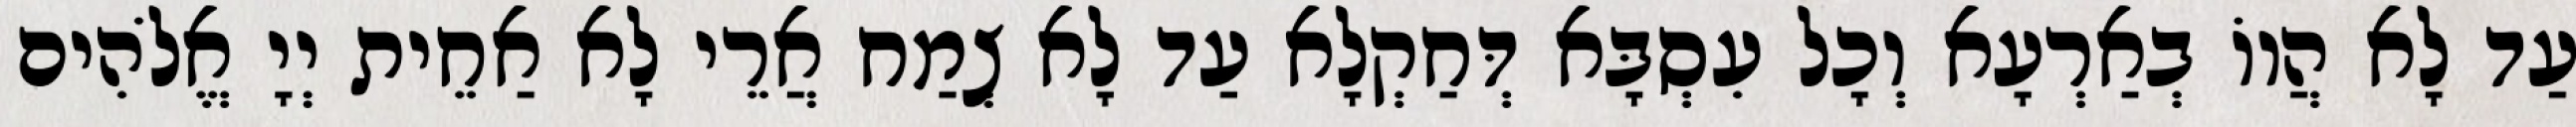
עַד לָא הֲווֹ בְאַרְעָא וְכָל עִסְבָּא דְּחַקְלָא עַד לָא צְמַח אֲרֵי לָא אַחֵית יְיָ אֱלֹהִים